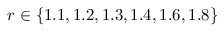
r \in \{ 1 . 1 , 1 . 2 , 1 . 3 , 1 . 4 , 1 . 6 , 1 . 8 \}